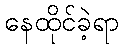
နေထိုင်ခဲ့ရာ